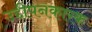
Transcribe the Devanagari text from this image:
उद्दीपनकारक